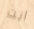
انت